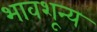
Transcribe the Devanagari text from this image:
भावशून्‍य